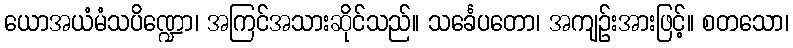
ယောအယံမံသပိဏ္ဍော၊ အကြင်အသားဆိုင်သည်။ သင်္ခေပတော၊ အကျဉ်းအားဖြင့်။ စတသော၊